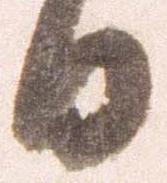
日